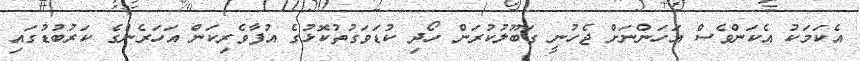
އެކަމަކު އެކަންވެސް އަހަންނަށް ޖެހުނީ ގަބޫލުކުރަން ހޯދި ކުޑަވަގުތުކޮޅުގެ އުފާވެރިކަން އަހަރެންގެ ކަރުބުޑުގައި